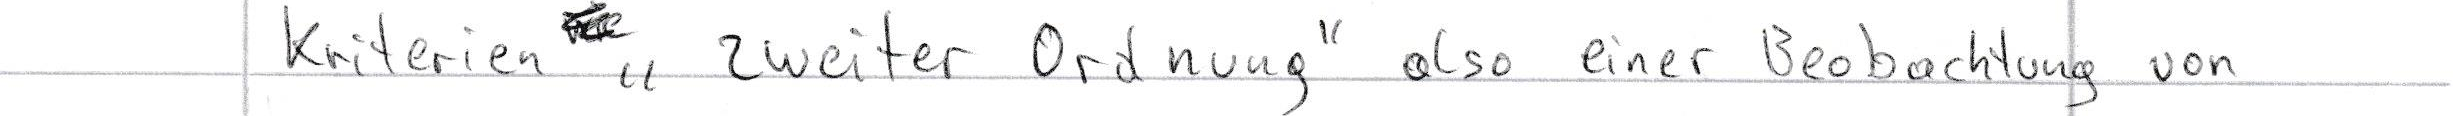
Kriterien "zweiter Ordnung" also einer Beobachtung von